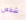
شخص